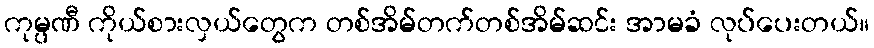
ကုမ္ပဏီ ကိုယ်စားလှယ်တွေက တစ်အိမ်တက်တစ်အိမ်ဆင်း အာမခံ လုပ်ပေးတယ်။